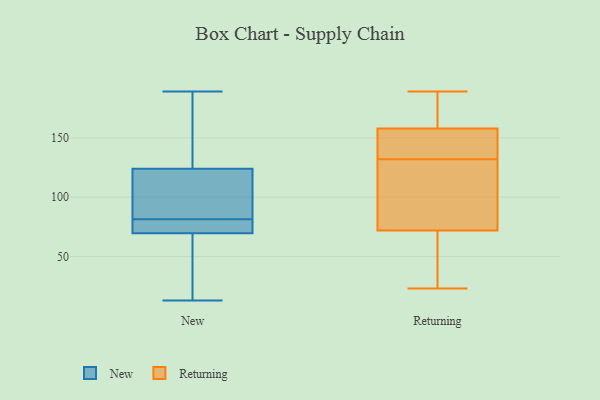
{"axis": {"x": "Gross Profit (USD K)", "y": "Value"}, "legend": ["New", "Returning"], "data": [{"x": "", "y": 81, "type": "New"}, {"x": "", "y": 76, "type": "New"}, {"x": "", "y": 107, "type": "New"}, {"x": "", "y": 189, "type": "New"}, {"x": "", "y": 124, "type": "New"}, {"x": "", "y": 13, "type": "New"}, {"x": "", "y": 124, "type": "New"}, {"x": "", "y": 69, "type": "New"}, {"x": "", "y": 76, "type": "New"}, {"x": "", "y": 82, "type": "New"}, {"x": "", "y": 138, "type": "New"}, {"x": "", "y": 70, "type": "New"}, {"x": "", "y": 173, "type": "New"}, {"x": "", "y": 122, "type": "New"}, {"x": "", "y": 53, "type": "New"}, {"x": "", "y": 53, "type": "New"}, {"x": "", "y": 172, "type": "Returning"}, {"x": "", "y": 34, "type": "Returning"}, {"x": "", "y": 39, "type": "Returning"}, {"x": "", "y": 178, "type": "Returning"}, {"x": "", "y": 138, "type": "Returning"}, {"x": "", "y": 96, "type": "Returning"}, {"x": "", "y": 183, "type": "Returning"}, {"x": "", "y": 107, "type": "Returning"}, {"x": "", "y": 132, "type": "Returning"}, {"x": "", "y": 130, "type": "Returning"}, {"x": "", "y": 132, "type": "Returning"}, {"x": "", "y": 153, "type": "Returning"}, {"x": "", "y": 64, "type": "Returning"}, {"x": "", "y": 158, "type": "Returning"}, {"x": "", "y": 29, "type": "Returning"}, {"x": "", "y": 99, "type": "Returning"}, {"x": "", "y": 189, "type": "Returning"}, {"x": "", "y": 23, "type": "Returning"}, {"x": "", "y": 158, "type": "Returning"}]}